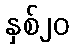
နှစ်၂၀